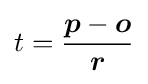
t={\frac {{\boldsymbol {p}}-{\boldsymbol {o}}}{\boldsymbol {r}}}